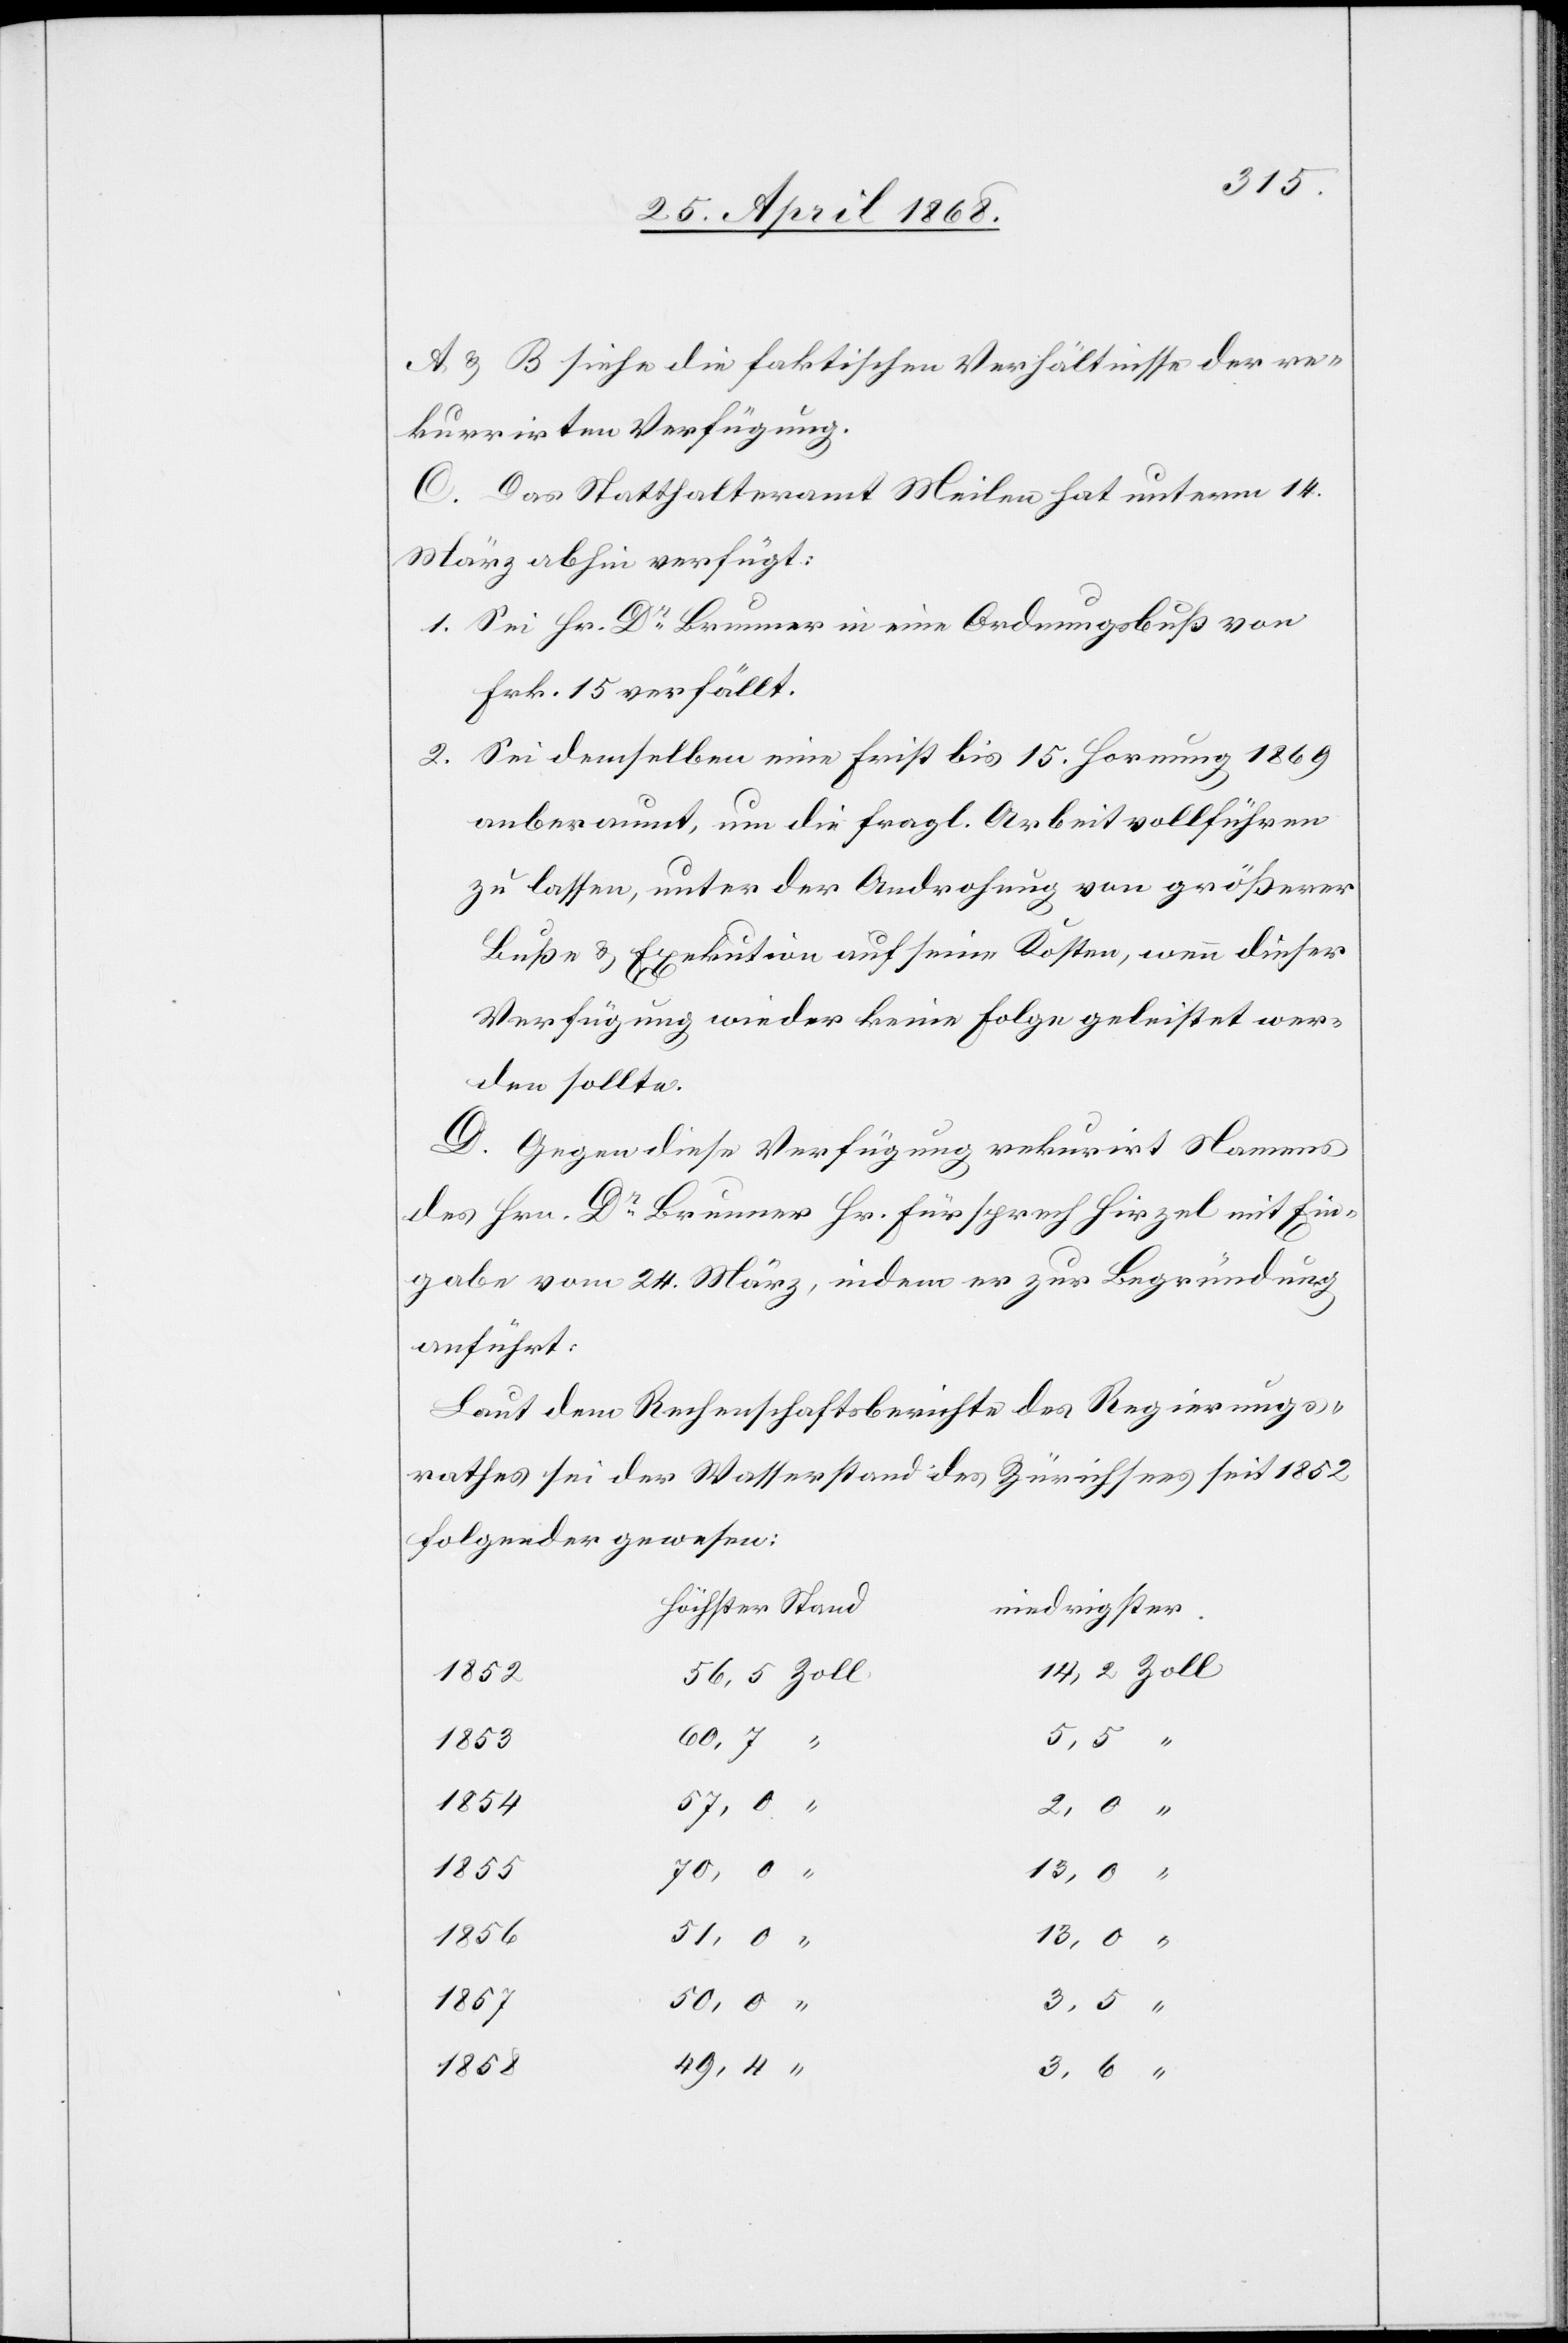
3,5
A & B siehe die faktischen Verhältnisse der re¬
kurrirten Verfügung.
C. Das Statthalteramt Meilen hat unterm 14.
März abhin verfügt:
Sei Hr. Dr. Brunner in eine Ordnungsbuß[e] von
Frk. 15 verfällt.
Sei demselben eine Frist bis 15. Hornung 1869
anberaumt, um die fragl. Arbeit vollführen
zu lassen, unter der Androhung von größerer
Buße & Exekution auf seine Kosten, wenn dieser
Verfügung wieder keine Folge geleistet wer¬
den sollte.
D. Gegen diese Verfügung rekur[r]irt Namens
des Hrn. Dr. Brunner Hr. Fürsprech Hirzel mit Ein¬
gabe vom 24. März, indem er zur Begründung
anführt:
Laut dem Rechenschaftsberichte des Regierungs¬
rathes sei der Wasserstand des Zürichsees seit 1852
folgender gewesen:
höchster Stand
niedrigster.
14,2 Zoll
1852
56,5 Zoll
1853
57,0 “
1854
70,0 “
1855
1856
13,0 “
1857
1858